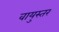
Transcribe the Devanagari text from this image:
वायुस्तर